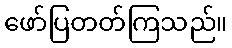
ဖော်ပြတတ်ကြသည်။